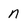
Character: n